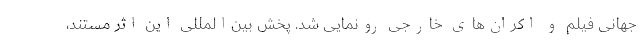
جهانی فیلم و اکران‌های خارجی رونمایی شد. پخش بین‌المللی این اثر مستند،